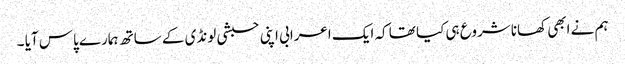
ہم نے ابھی کھانا شروع ہی کیا تھا کہ ایک اعرابی اپنی حبشی لونڈی کے ساتھ ہمارے پاس آیا ۔